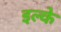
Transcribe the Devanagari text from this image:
इल्के